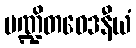
ပဏ္ဍိတဝေဒနီယံ